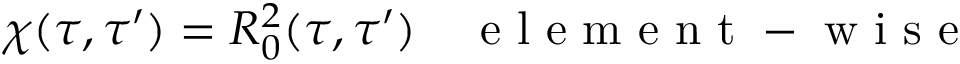
{ } \chi ( \tau , \tau ^ { \prime } ) = R _ { 0 } ^ { 2 } ( \tau , \tau ^ { \prime } ) \quad \mathrm { ~ e ~ l ~ e ~ m ~ e ~ n ~ t ~ - ~ w ~ i ~ s ~ e ~ }